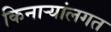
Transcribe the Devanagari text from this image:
किनाऱ्यांलगत